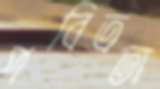
পবিত্রতা